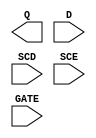
module sky130_fd_sc_hvl__sdlxtp (
    Q   ,
    D   ,
    SCD ,
    SCE ,
    GATE
);

    output Q   ;
    input  D   ;
    input  SCD ;
    input  SCE ;
    input  GATE;

    // Voltage supply signals
    supply1 VPWR;
    supply0 VGND;
    supply1 VPB ;
    supply0 VNB ;

endmodule